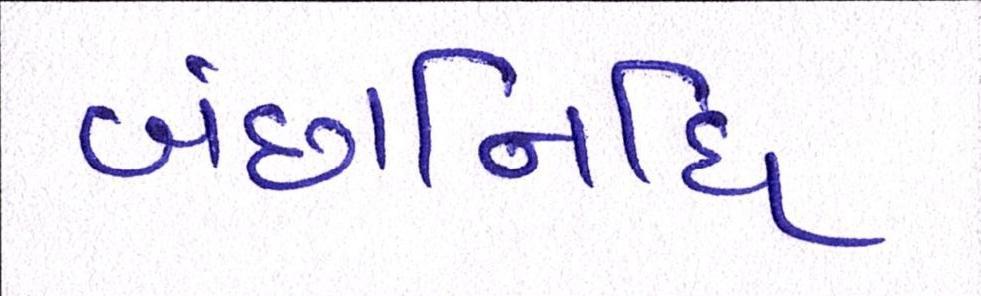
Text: બંછાનિધિ